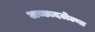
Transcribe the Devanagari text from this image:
अच्छादलेल्या